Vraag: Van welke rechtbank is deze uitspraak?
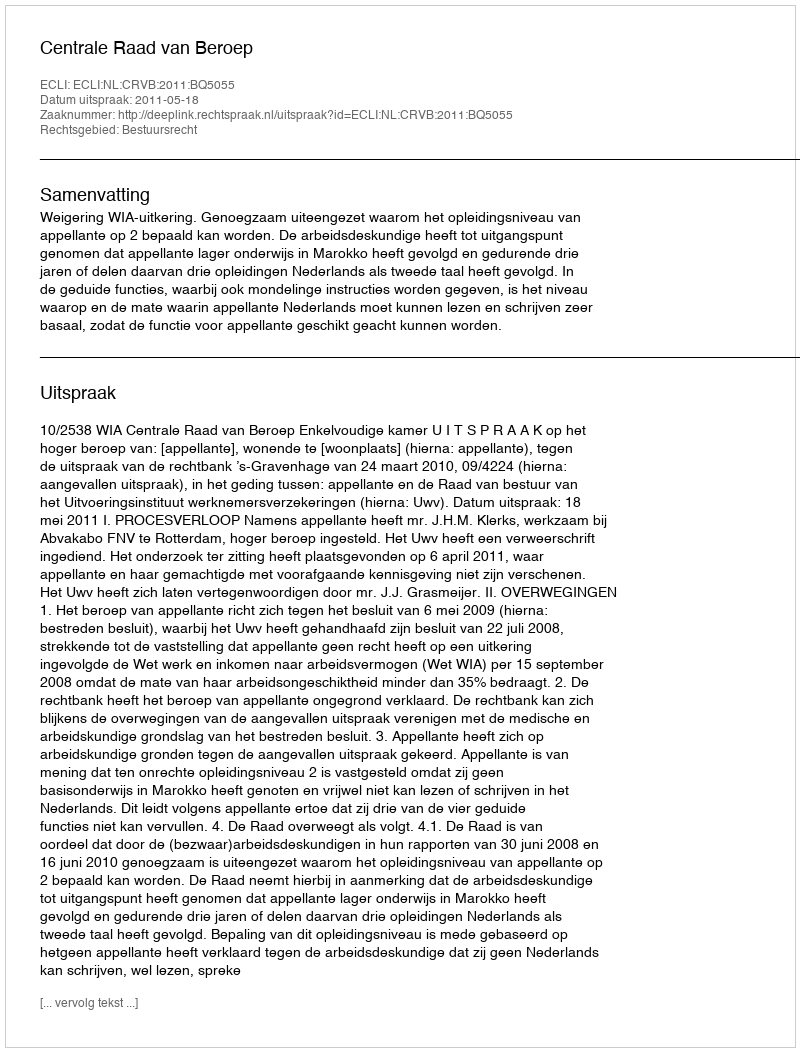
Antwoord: Centrale Raad van Beroep